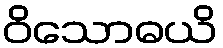
ဝိသောဓယိ